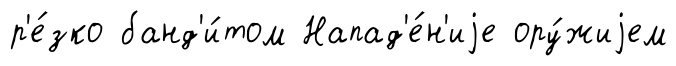
р'е́зко банд'и́том Напад'е́н'иjе ору́жиjем